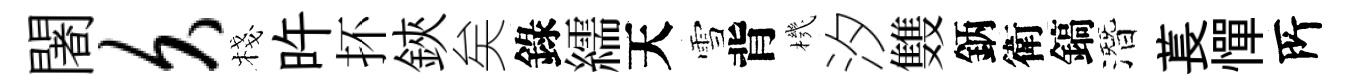
闍久棧旿抔鋏矣錄繻天雪背機汐䨇鈵衛鎬潛萇憚𠩄